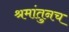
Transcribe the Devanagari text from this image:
श्रमांतुनच